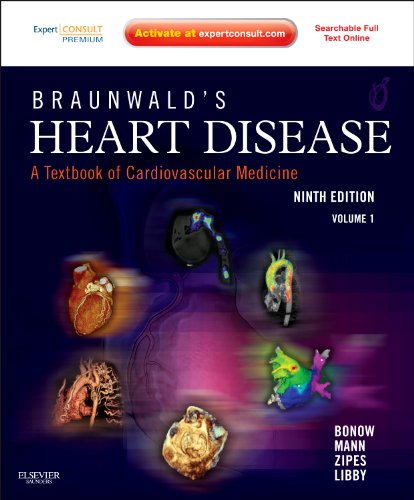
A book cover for Braunwald's Heart Disease: A Textbook of Cardiovascular Medicine, 2-Volume Set: Expert Consult Premium Edition - Enhanced Online Features and Print, 9e (Heart Disease (Braunwald) (2 Vols)); Robert O. Bonow MD  MS; Health, Fitness & Dieting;